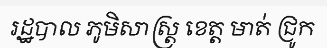
រដ្ឋបាល ភូមិសាស្ត្រ ខេត្ត មាត់ ជ្រូក